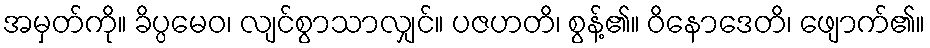
အမှတ်ကို။ ခိပ္ပမေဝ၊ လျင်စွာသာလျှင်။ ပဇဟတိ၊ စွန့်၏။ ဝိနောဒေတိ၊ ဖျောက်၏။